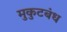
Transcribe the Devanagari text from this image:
मुकुटबंध